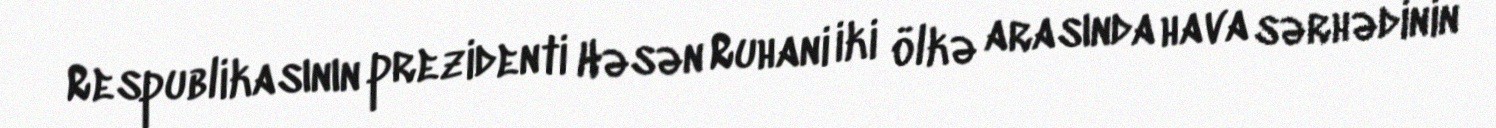
Respublikasının prezidenti Həsən Ruhani iki ölkə arasında hava sərhədinin